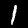
Digit: 1